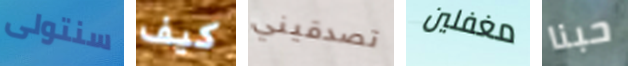
سنتولى كيف تصدقيني مغفلين حبنا